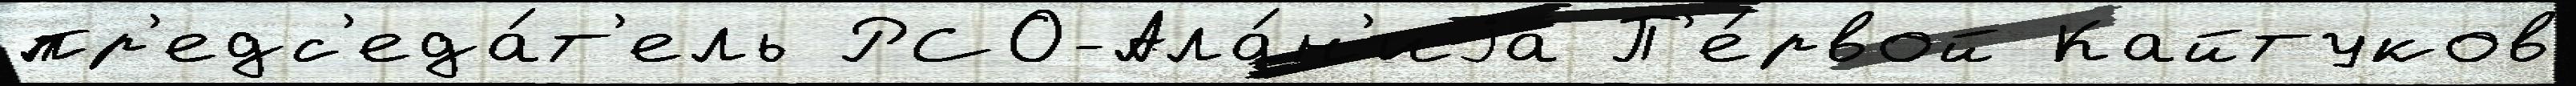
пр'едс'еда́т'ель РСО-Ала́н'иjа П'е́рвой Кайтуков